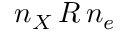
n _ { X } \, R \, n _ { e }